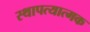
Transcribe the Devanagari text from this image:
स्थापत्यात्मक